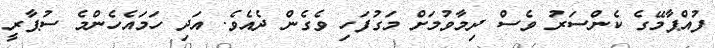
ފުއްޕާމޭގެ ކެންސަރު ވެސް ދިމާވުމަށް މަގުފަހި ވެގެން ދެއެވެ. އަދި ހަމައެހެންމެ ސުޕާރީ